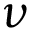
\nu